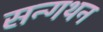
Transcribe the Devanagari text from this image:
सन्गथन